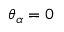
\theta _ { \alpha } = 0